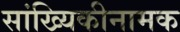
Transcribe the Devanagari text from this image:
सांख्यिकीनामक